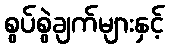
စွပ်စွဲချက်များနှင့်